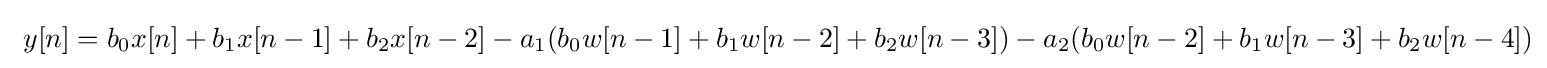
\ y[n]=b_{0}x[n]+b_{1}x[n-1]+b_{2}x[n-2]-a_{1}(b_{0}w[n-1]+b_{1}w[n-2]+b_{2}w[n-3])-a_{2}(b_{0}w[n-2]+b_{1}w[n-3]+b_{2}w[n-4])